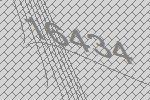
16434